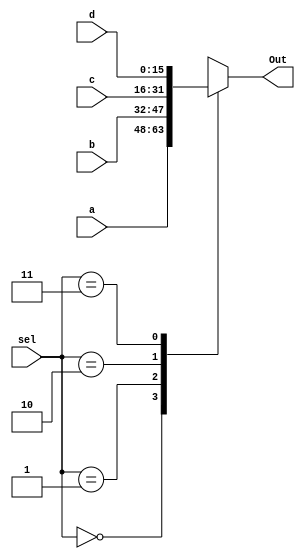
module Mux_4 #(parameter input_size=16) (sel,a,b,c,d,Out);
	input [1:0] sel;
	input [input_size-1:0] a,b,c,d;
	output reg [input_size-1:0] Out;
	
	always@(sel,a,b,c,d)
		begin
			case(sel)
				2'b00:
				Out = a;
				2'b01:
				Out = b;
				2'b10:
				Out = c;
				2'b11:
				Out = d;
			endcase
		end
		
endmodule